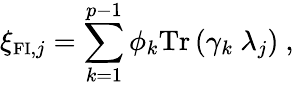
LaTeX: \xi_{\mathrm{{\small FI}},j}=\sum_{k=1}^{p-1}\phi_{k}\mathrm{Tr}\left(\gamma_{k}~\lambda_{j}\right)~,